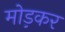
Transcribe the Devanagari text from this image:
मोड़़कर